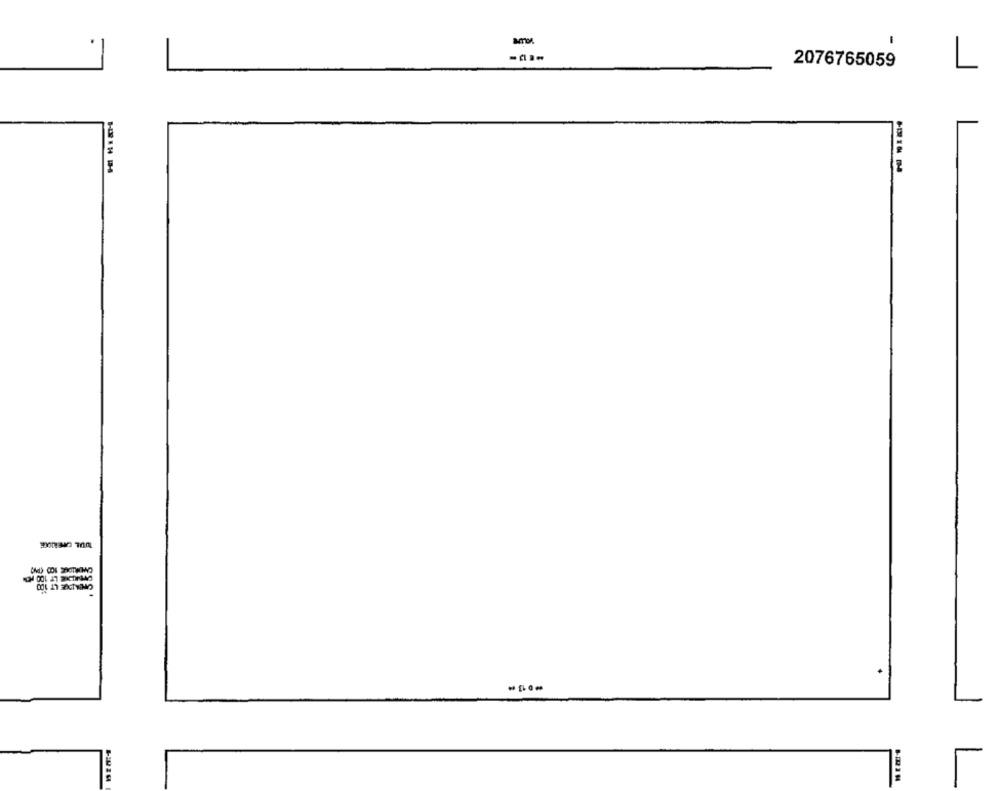
2076765059
L
UDL OPERIOGE